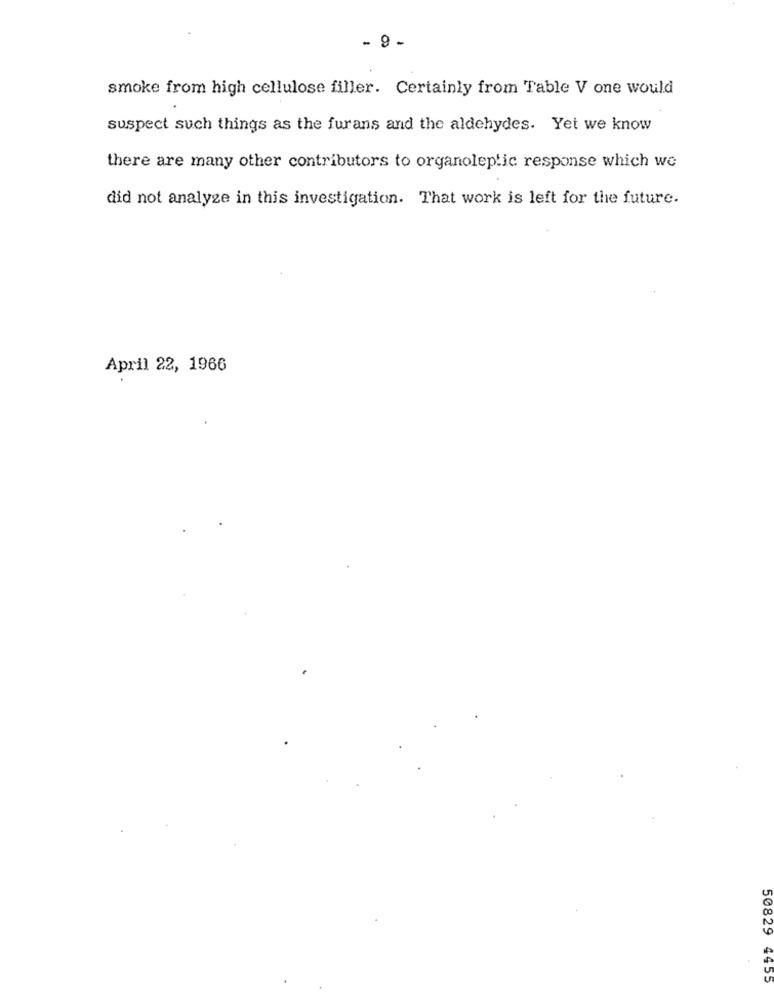
- 9-
smoke from high cellulose filler. Certainly from Table V one would
suspect such things as the furans and the aldehydes. Yet we know
there are many other contributors to organoleptic response which we
did not analyse in this investigation. That work is left for the future.
April 22, 1966
50829 4455